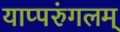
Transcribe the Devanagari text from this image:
याप्परुंगलम्